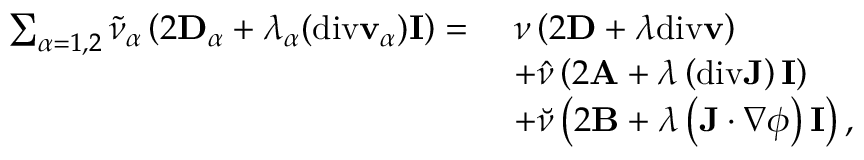
\begin{array} { r l } { \sum _ { \alpha = 1 , 2 } \tilde { \nu } _ { \alpha } \left( 2 \mathbf { D } _ { \alpha } + \lambda _ { \alpha } ( \mathrm { d i v } \mathbf { v } _ { \alpha } ) \mathbf { I } \right) = } & { ~ \nu \left( 2 \mathbf { D } + \lambda \mathrm { d i v } \mathbf { v } \right) } \\ & { ~ + \hat { \nu } \left( 2 \mathbf { A } + \lambda \left( \mathrm { d i v } \mathbf { J } \right) \mathbf { I } \right) } \\ & { ~ + \breve { \nu } \left( 2 \mathbf { B } + \lambda \left( \mathbf { J } \cdot \nabla \phi \right) \mathbf { I } \right) , } \end{array}